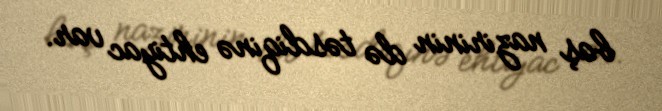
baş nazirinin də təsdiqinə ehtiyac var.